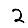
Digit: 2